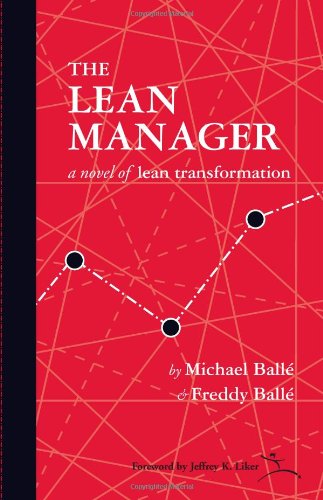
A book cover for The Lean Manager: A Novel of Lean Transformation; Michael Balle; Business & Money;